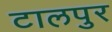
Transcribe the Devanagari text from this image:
टालपुर